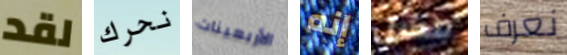
لقد نحرك الأربعينات إنه مسل نعرف